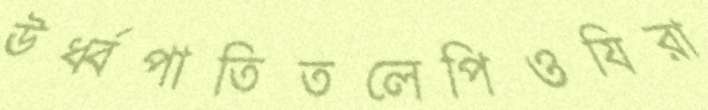
ঊর্ধ্বপাতিতলেপিওযিরা